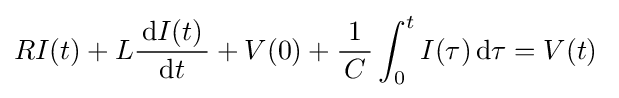
RI(t)+L{\frac {\,\mathrm {d} I(t)\,}{\mathrm {d} t}}+V(0)+{\frac {1}{\,C\,}}\int _{0}^{t}I(\tau )\,\mathrm {d} \tau =V(t)\;